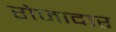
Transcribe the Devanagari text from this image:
रोजादार